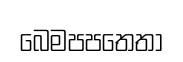
බෙමපපතෙතා